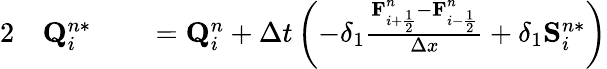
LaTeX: \begin{array}{rlrl}{{2}}&{{}\mathbf{Q}_{i}^{n*}}&{}&{{}=\mathbf{Q}_{i}^{n}+\Delta t\left(-\delta_{1}\frac{\mathbf{F}_{i+\frac{1}{2}}^{n}-\mathbf{F}_{i-\frac{1}{2}}^{n}}{\Delta x}+\delta_{1}\mathbf{S}_{i}^{n*}\right)}\end{array}